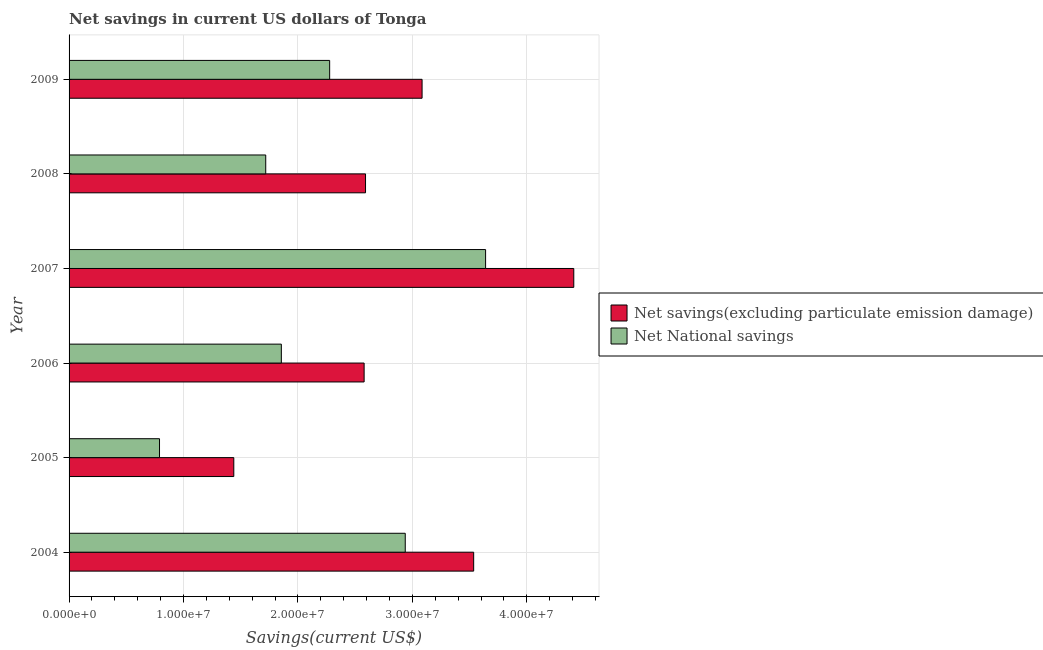
| Year | Net savings(excluding particulate emission damage) | Net National savings |
 | --- | --- | --- |
 | 2004 | 3.54e+07 | 2.94e+07 |
 | 2005 | 1.44e+07 | 7.9e+06 |
 | 2006 | 2.58e+07 | 1.85e+07 |
 | 2007 | 4.41e+07 | 3.64e+07 |
 | 2008 | 2.59e+07 | 1.72e+07 |
 | 2009 | 3.08e+07 | 2.28e+07 |